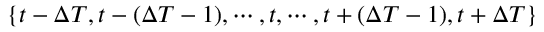
\{ t - \Delta T , t - ( \Delta T - 1 ) , \cdots , t , \cdots , t + ( \Delta T - 1 ) , t + \Delta T \}